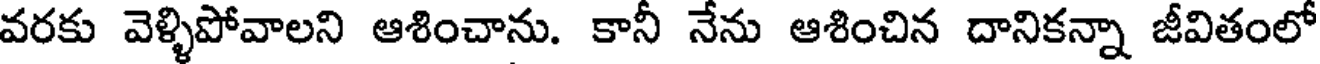
వరకు వెళ్ళిపోవాలని ఆశించాను. కానీ నేను ఆశించిన దానికన్నా జీవితంలో